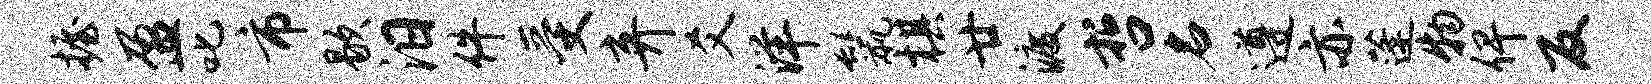
握盈叱市歇汨件受弃爻洋鬣棋廿渡哲名遵亦蓬物俾反